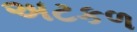
અટકળ